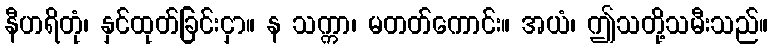
နီဟရိတုံ၊ နှင်ထုတ်ခြင်းငှာ။ န သက္ကာ၊ မတတ်ကောင်း။ အယံ၊ ဤသတို့သမီးသည်။